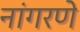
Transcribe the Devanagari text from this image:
नांगरणे